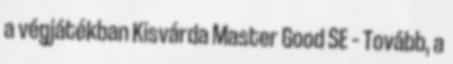
a végjátékban Kisvárda Master Good SE – Tovább, a